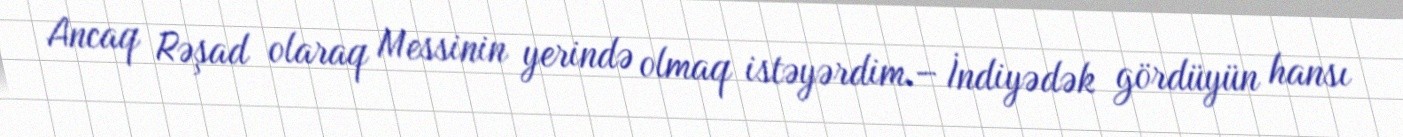
Ancaq Rəşad olaraq Messinin yerində olmaq istəyərdim.– İndiyədək gördüyün hansı